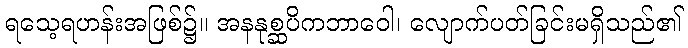
ရသေ့ရဟန်းအဖြစ်၌။ အနနုစ္ဆပိကဘာဝေါ၊ လျောက်ပတ်ခြင်းမရှိသည်၏